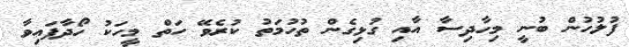
ފުލުހުން ބުނީ މިހާދިސާ އާއި ގުޅިގެން ތުހުމަތު ކުރެވޭ ހަތް މީހަކު ހޯދާފައިވާ